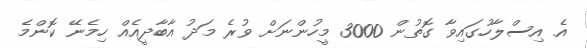
އެ އިސްލާހުގައިވާ ގޮތުން 3000 މީހުންނަށް ވުރެ މަދު އާބާދީއެއް ހިމެނޭ ކޮންމެ